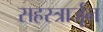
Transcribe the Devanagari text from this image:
सहस्त्रार्जून